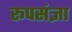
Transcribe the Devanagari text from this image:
रूपसंज्ञा